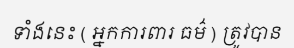
ទាំងនេះ ( អ្នកការពារ ធម៌ ) ត្រូវបាន